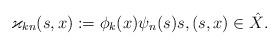
LaTeX: \begin{align*}\varkappa_{kn}(s,x):=\phi_k(x)\psi_n(s)s,(s,x)\in\hat X.\end{align*}